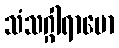
သံသဂ္ဂါရာမော